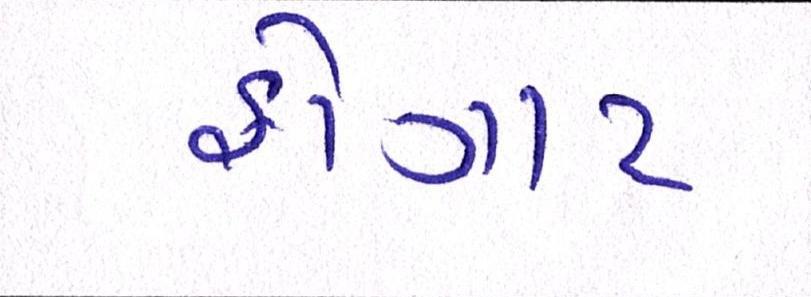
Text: ફોગાટ